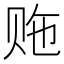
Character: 𬥵